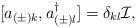
LaTeX: \begin{align*}[ a_{(\pm)k}, a^{\dagger}_{(\pm)l}] = \delta_{kl}{\cal I},\end{align*}